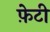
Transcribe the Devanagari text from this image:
फ़ेटी